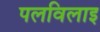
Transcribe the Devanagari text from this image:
पलविलाइ